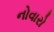
નોવારો